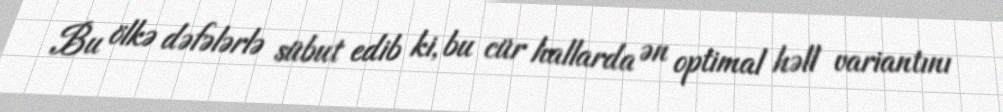
Bu ölkə dəfələrlə sübut edib ki, bu cür hallarda ən optimal həll variantını